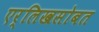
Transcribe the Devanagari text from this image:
एर्लिखसोबत